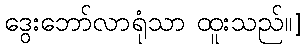
ဒွေးဘော်လာရုံသာ ထူးသည်၊၊]